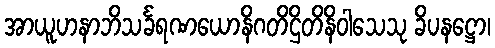
အာယူဟနာဘိသင်္ခရဏယောနိဂတိဌိတိနိဝါသေသု ခိပနဋ္ဌော၊